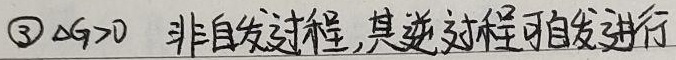
\textcircled{3} \(\Delta G>0\) 非自发过程,其逆过程可自发进行